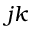
j k